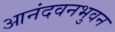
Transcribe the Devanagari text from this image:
आनंदवनभुवन